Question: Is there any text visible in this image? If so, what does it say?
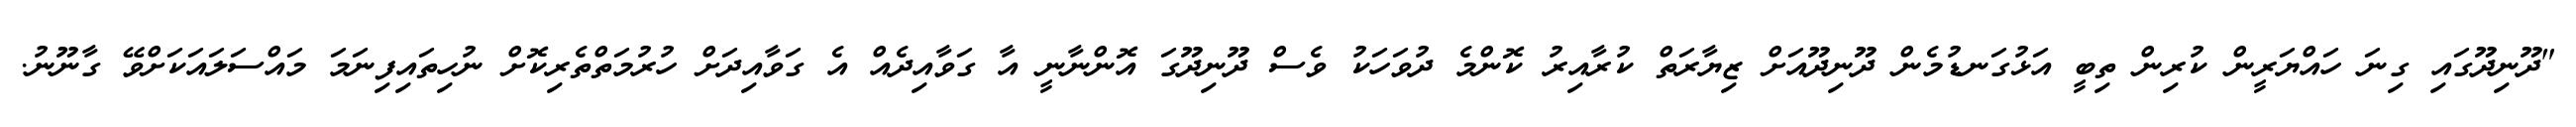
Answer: "ދޫނިދޫގައި ގިނަ ހައްޔަރީން ކުރިން ތިބީ އަޅުގަނޑުމެން ދޫނިދޫއަށް ޒިޔާރަތް ކުރާއިރު ކޮންމެ ދުވަހަކު ވެސް ދޫނިދޫގަ އޮންނާނީ އާ ގަވާއިދެއް އެ ގަވާއިދަށް ހުރުމަތްތެރިކޮށް ނުހިތައިފިނަމަ މައްސަލައަކަށްވޭ ގާނޫނު.